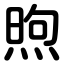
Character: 煦